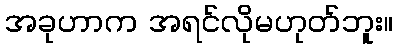
အခုဟာက အရင်လိုမဟုတ်ဘူး။